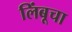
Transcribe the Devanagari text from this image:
लिंबूचा